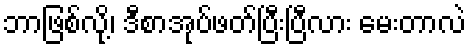
ဘာဖြစ်လို့၊ ဒီစာအုပ်ဖတ်ပြီးပြီလား မေးတာလဲ